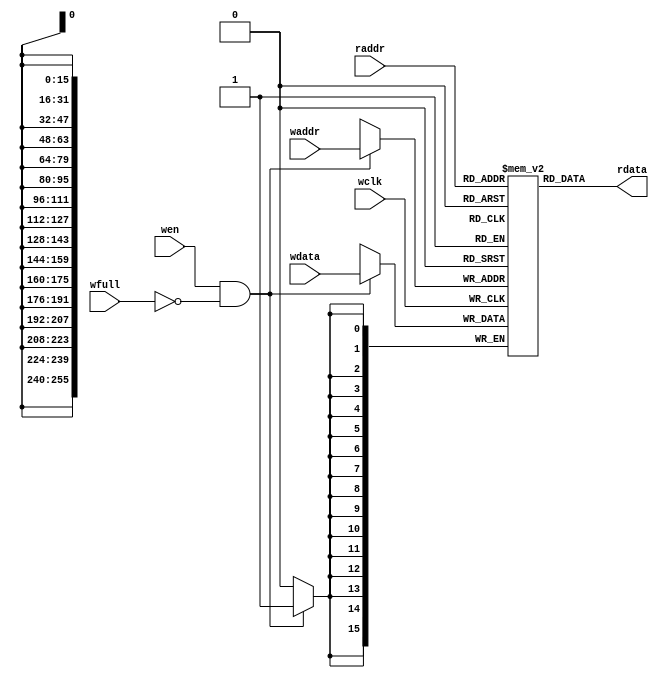
module fifomem #(
  parameter DSIZE  = 16,
  parameter ASIZE = 256
) (
  input              wclk,
  input              wen,
  input              wfull,
  input  [DSIZE-1:0] wdata,
  input  [ASIZE-1:0] waddr,
  input  [ASIZE-1:0] raddr,
  output [DSIZE-1:0] rdata
);
localparam DEEPTH = 1<<ASIZE;

reg [DSIZE-1:0] mem [DEEPTH-1:0];

assign rdata = mem[raddr];

always @(posedge wclk) begin
  if(wen && !wfull) begin
    mem[waddr] <= wdata;
  end
end
endmodule